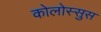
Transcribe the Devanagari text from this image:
कोलोस्सुस